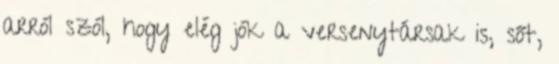
arról szól, hogy elég jók a versenytársak is, sőt,